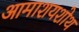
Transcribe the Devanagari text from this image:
आमाशयशोथ